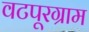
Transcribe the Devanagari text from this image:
वटपूरग्राम